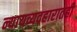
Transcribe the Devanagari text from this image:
न्यायव्यवहारातही